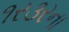
૧ર૩રના